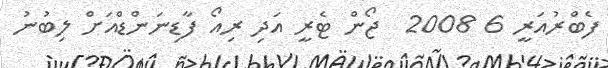
ފެބްރުއަރީ 6 2008  ޖޯން ޓެރީ އަދި ރިއޯ ފާޑިނަންޑްއަށް ލިބުނު